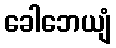
ခေါဘေယျံ